Tartu_pedagoogiumi_aruanded, lk 10
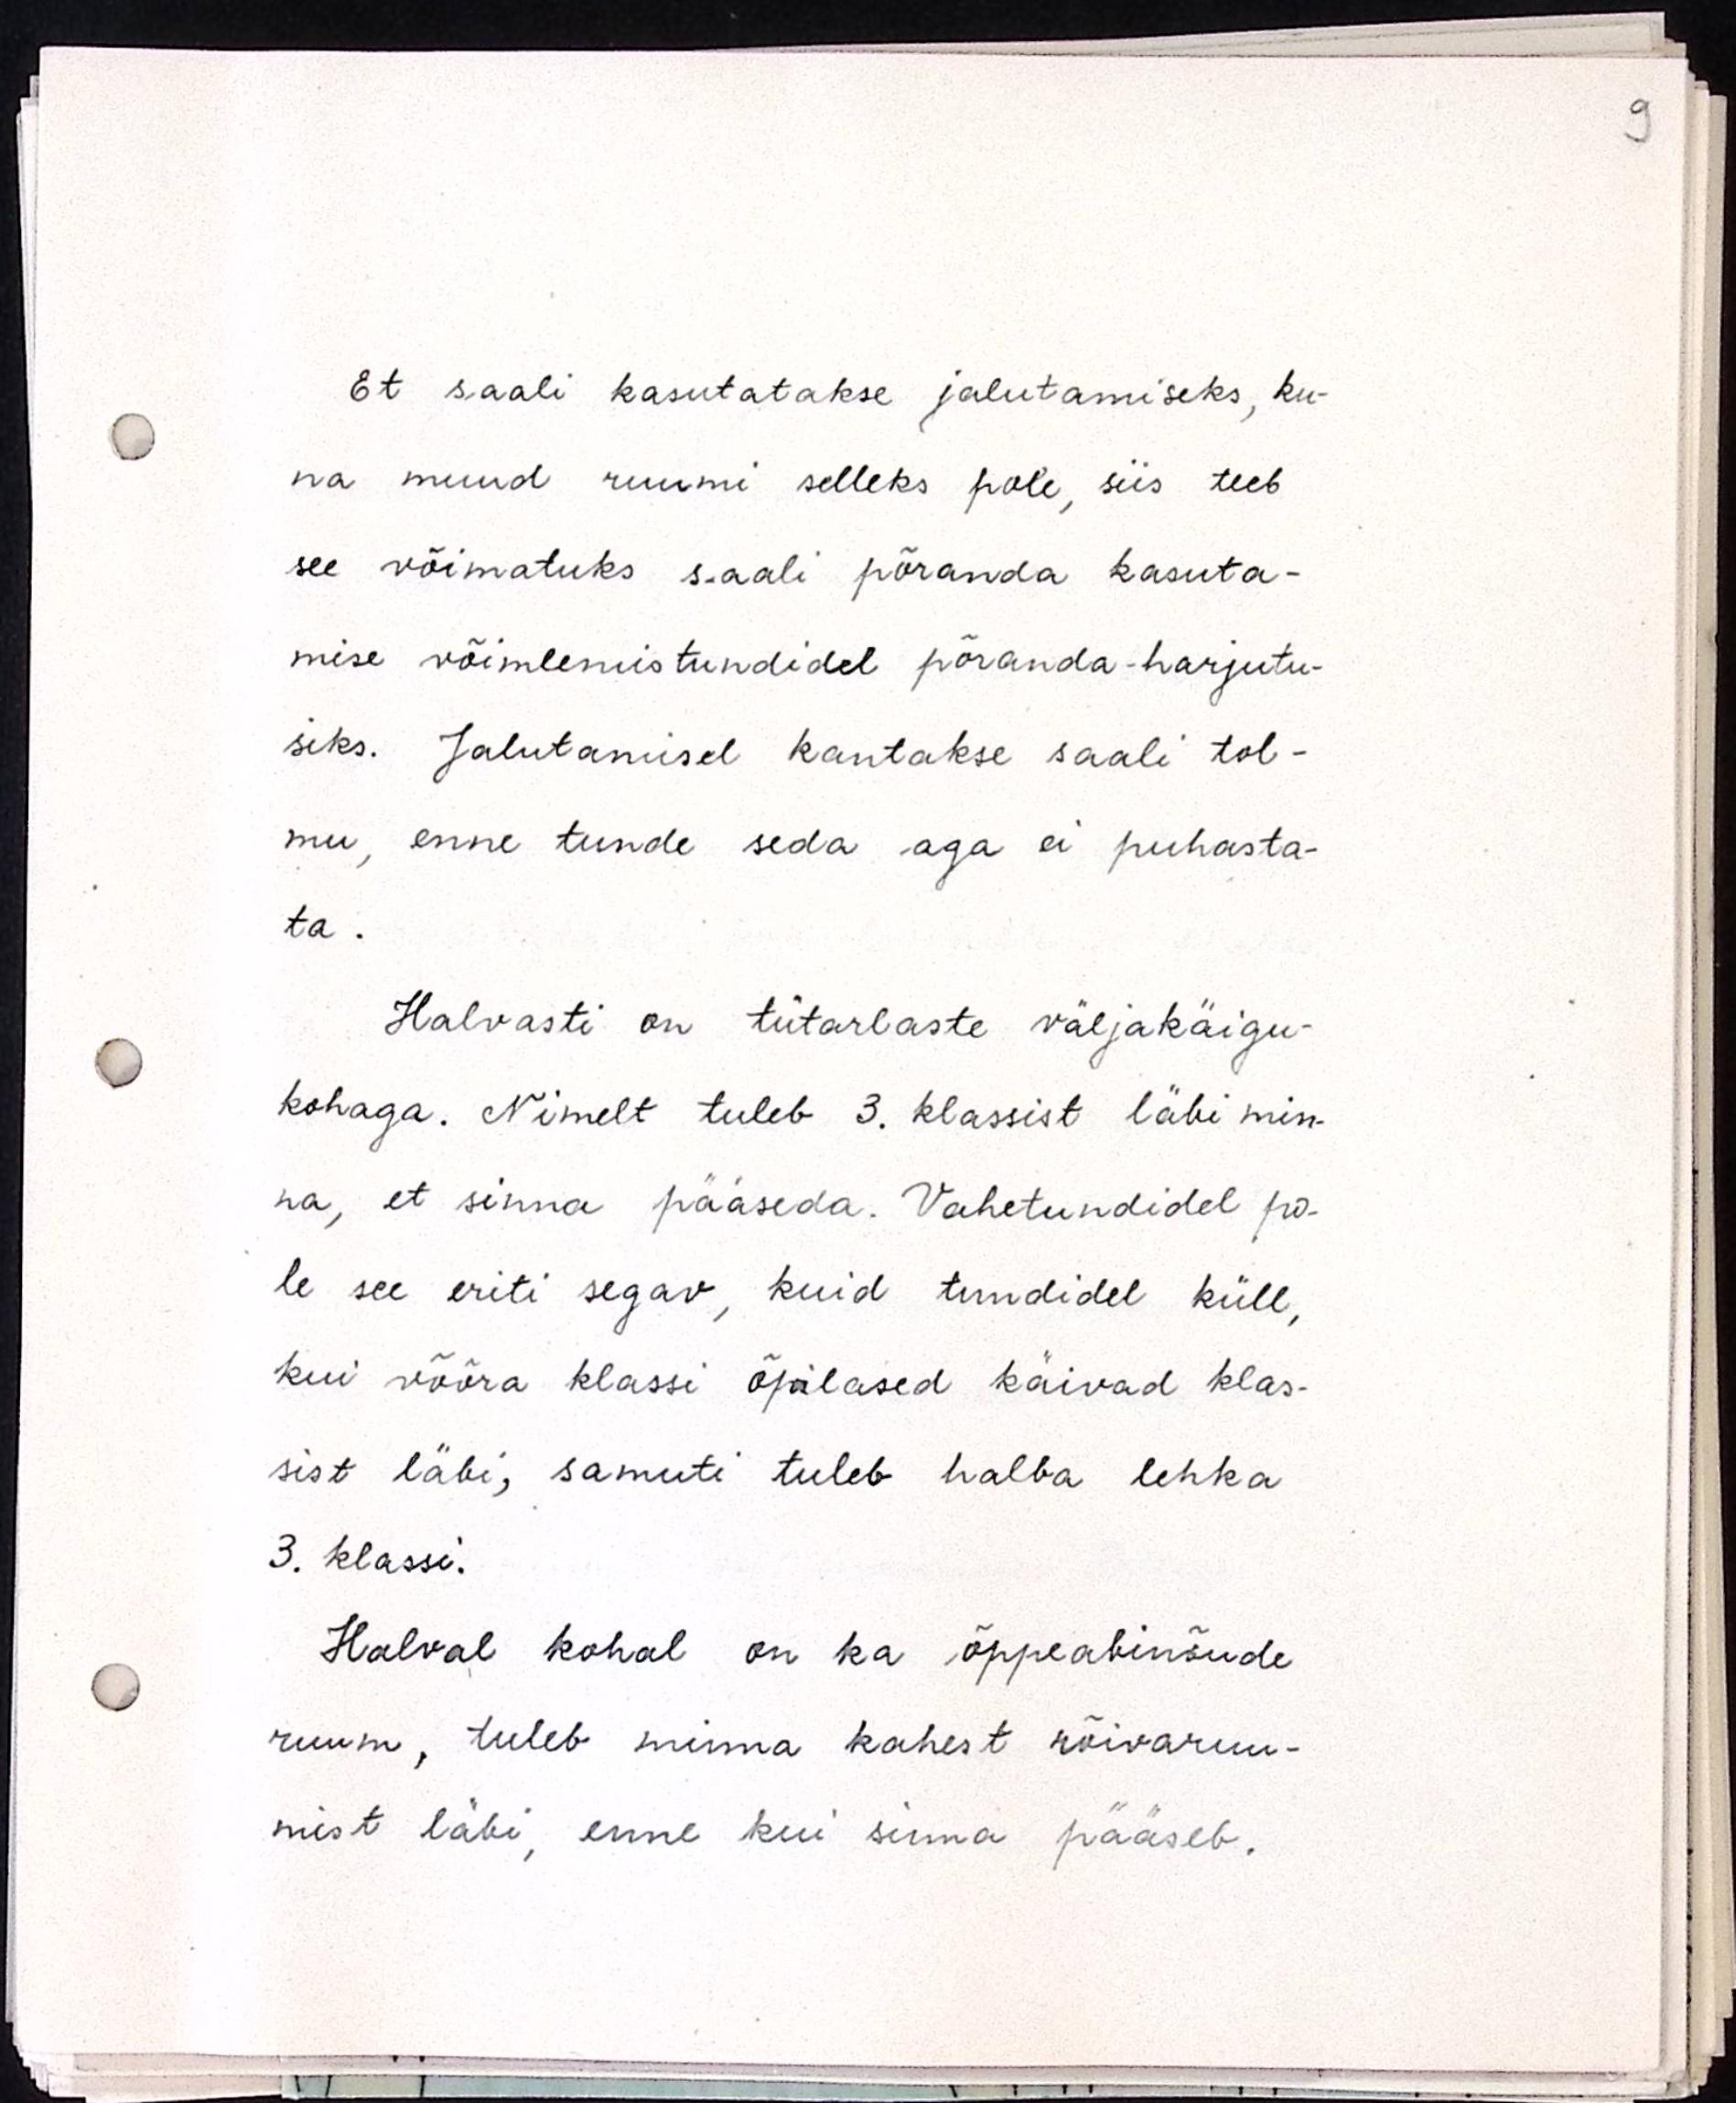
Et saali kasutatakse jalutamiseks, ku-
na muud ruumi selleks pole, siis teeb
see võimatuks saali põranda kasuta-
mise võimlemistundidel põranda-harjutu-
siks. Jalutamisel kantakse saali tol-
mu, enne tunde seda aga ei puhasta-
ta.
Halvasti on tütarlaste väljakäigu-
kohaga. Nimelt tuleb 3. klassist läbi min-
na, et sinna pääseda. Vahetundidel po-
le see eriti segav, kuid tundidel küll,
kui võõra klassi õpilased käivad klas-
sist läbi, samuti tuleb halba lehka
3. klassi.
Halval kohal on ka õppeabinõude
ruum, tuleb minna kahest rõivaruu-
mist läbi, enne kui sinna pääseb.